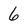
Character: 6